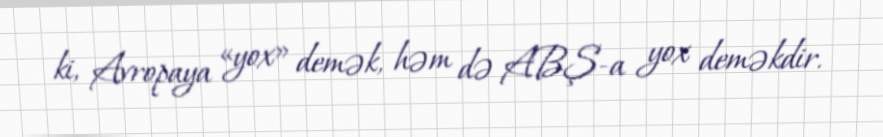
ki, Avropaya «yox» demək, həm də ABŞ-a yox deməkdir.